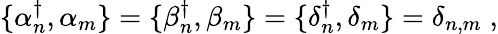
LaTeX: \{ \alpha{^\dagger_{n}},\alpha_{m}\} =\{ \beta{_n^{\dagger}},\beta_{m}\} =\{ \delta{_n^{\dagger}},\delta_{m}\} =\delta_{n,m}\; ,